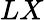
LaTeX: LX